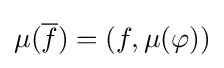
\mu ({\overline {f}})=(f,\mu (\varphi ))